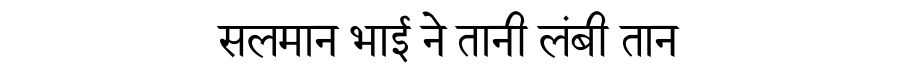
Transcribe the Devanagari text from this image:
सलमान भाई ने तानी लंबी तान